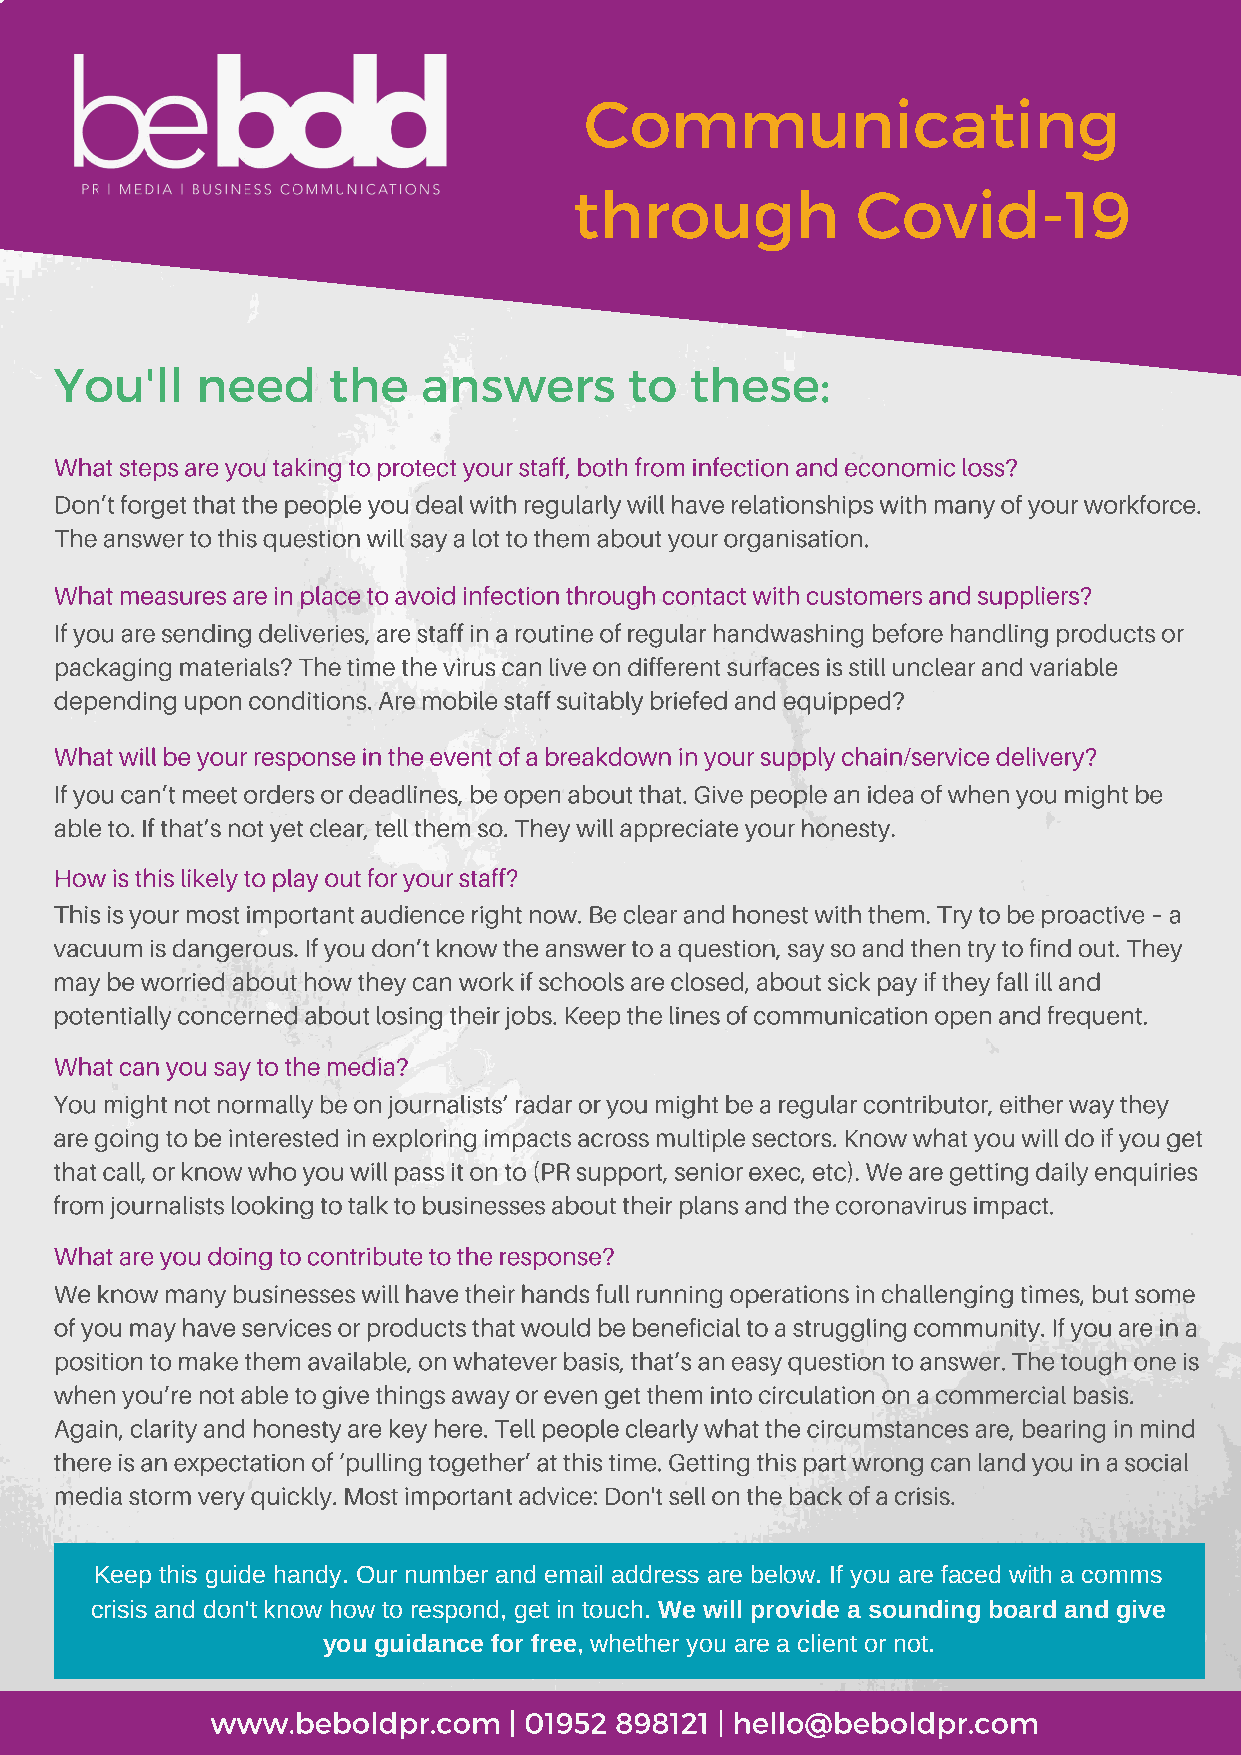
Communicating
 through            Covid-19
 You'll   need     the   answers       to  these:
 What steps are you taking to protect your staff, both from infection and economic loss?
 Don’t forget that the people you deal with regularly will have relationships with many of your workforce.
 The answer to this question will say a lot to them about your organisation.
 What measures are in place to avoid infection through contact with customers and suppliers?
 If you are sending deliveries, are staff in a routine of regular handwashing before handling products or
 packaging materials? The time the virus can live on different surfaces is still unclear and variable
 depending upon conditions. Are mobile staff suitably briefed and equipped?
 What will be your response in the event of a breakdown in your supply chain/service delivery?
 If you can’t meet orders or deadlines, be open about that. Give people an idea of when you might be
 able to. If that’s not yet clear, tell them so. They will appreciate your honesty.
 How is this likely to play out for your staff?
 This is your most important audience right now. Be clear and honest with them. Try to be proactive – a
 vacuum is dangerous. If you don’t know the answer to a question, say so and then try to find out. They
 may be worried about how they can work if schools are closed, about sick pay if they fall ill and
 potentially concerned about losing their jobs. Keep the lines of communication open and frequent.
 What can you say to the media?
 You might not normally be on journalists’ radar or you might be a regular contributor, either way they
 are going to be interested in exploring impacts across multiple sectors. Know what you will do if you get
 that call, or know who you will pass it on to (PR support, senior exec, etc). We are getting daily enquiries
 from journalists looking to talk to businesses about their plans and the coronavirus impact.
 What are you doing to contribute to the response?
 We know many businesses will have their hands full running operations in challenging times, but some
 of you may have services or products that would be beneficial to a struggling community. If you are in a
 position to make them available, on whatever basis, that’s an easy question to answer. The tough one is
 when you’re not able to give things away or even get them into circulation on a commercial basis.
 Again, clarity and honesty are key here. Tell people clearly what the circumstances are, bearing in mind
 there is an expectation of ‘pulling together’ at this time. Getting this part wrong can land you in a social
 media storm very quickly. Most important advice: Don't sell on the back of a crisis.
 Keep this guide handy. Our number and email address are below. If you are faced with a comms
 crisis and don't know how to respond, get in touch. We will provide a sounding board and give
 you guidance for free, whether you are a client or not.
 www.beboldpr.com    | 01952 898121 | hello@beboldpr.com